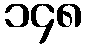
၁၄၈